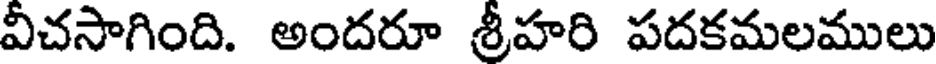
వీచసాగింది. అందరూ శ్రీహరి పదకమలములు